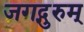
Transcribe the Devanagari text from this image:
जगद्गुरुम्